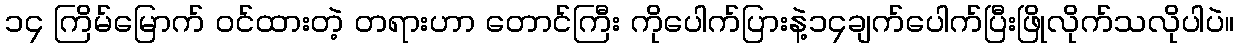
၁၄ ကြိမ်မြောက် ဝင်ထားတဲ့ တရားဟာ တောင်ကြီး ကိုပေါက်ပြားနဲ့၁၄ချက်ပေါက်ပြီးဖြိုလိုက်သလိုပါပဲ။